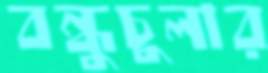
বন্ধুচুলার